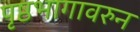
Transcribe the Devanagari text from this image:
पृष्ठभागावरुन